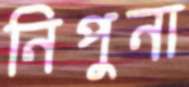
নিপুনা